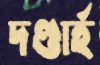
দণ্ডার্হ